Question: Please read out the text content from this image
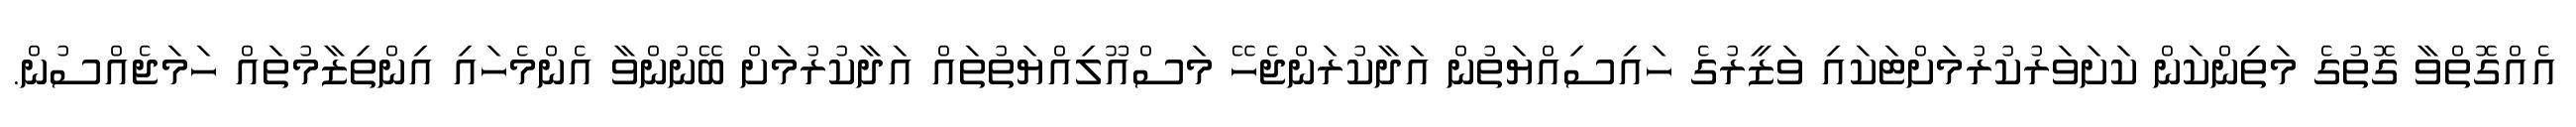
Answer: އެއްގޮތްވާ ގޮތުގެ މަތިންކަން ކަށަވަރުކުރުމަށްޓަކައި ވަޒީރުގެ ހައިސިއްޔަތުން އަދާކުރަންޖެހޭ މަސްއޫލިއްޔަތުތައް އަދާކުރުމަށް ބޭނުންވާ އެންމެހައި އިންތިޒާމުތައް ހަމަޖެއްސުން.